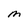
Character: M